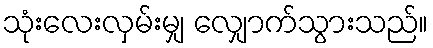
သုံးလေးလှမ်းမျှ လျှောက်သွားသည်။